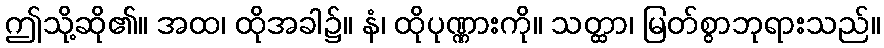
ဤသို့ဆို၏။ အထ၊ ထိုအခါ၌။ နံ၊ ထိုပုဏ္ဏားကို။ သတ္ထာ၊ မြတ်စွာဘုရားသည်။